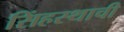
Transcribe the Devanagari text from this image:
सिंहस्थाची